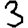
Digit: 3